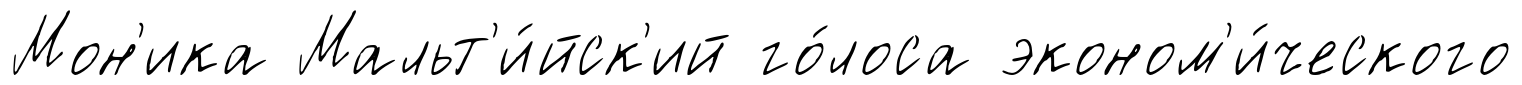
Мон'ика Мальт'и́йск'ий го́лоса эконом'и́ческого